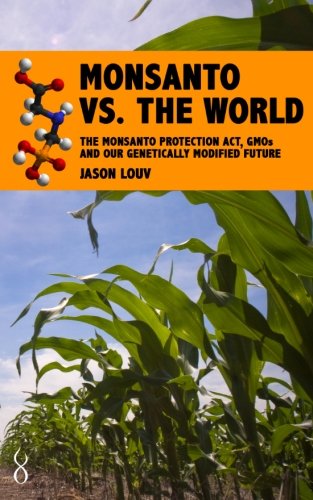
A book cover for Monsanto vs. the World: The Monsanto Protection Act, GMOs and Our Genetically Modified Future; Jason Louv; Medical Books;